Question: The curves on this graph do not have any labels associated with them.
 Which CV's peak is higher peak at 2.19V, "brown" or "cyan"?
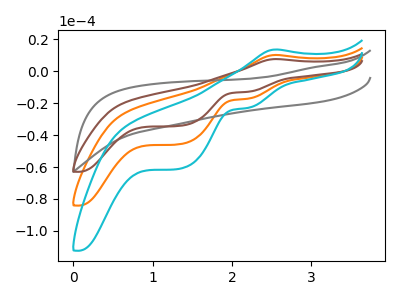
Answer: <think>The orange curve "orange" has an anodic peak at (2.55V, 10.20uA) and cathodic peaks at (2.20V, -17.25uA) (1.35V, -45.70uA). The gray curve "gray" has no peaks. The brown curve "brown" has an anodic peak at (2.55V, 7.65uA) and cathodic peaks at (2.20V, -12.90uA) (1.35V, -34.20uA). The cyan curve "cyan" has an anodic peak at (2.55V, 20.40uA) and cathodic peaks at (2.20V, -34.50uA) (1.35V, -91.45uA).</think>
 <answer>The peak at 2.19V is lower in "brown" than in "cyan".</answer>
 <eval>lower</eval>